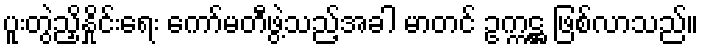
ပူးတွဲညှိနှိုင်းရေး ကော်မတီဖွဲ့သည့်အခါ မာတင် ဥက္ကဋ္ဌ ဖြစ်လာသည်။